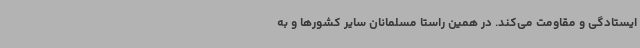
ایستادگی و مقاومت می‌کند. در همین راستا مسلمانان سایر کشورها و به